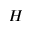
H